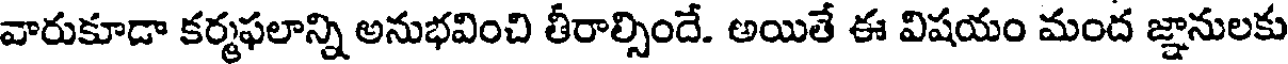
వారుకూడా కర్మఫలాన్ని అనుభవించి తీరాల్సిందే. అయితే ఈ విషయం మంద జ్ఞానులకు